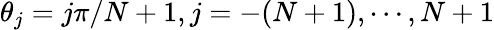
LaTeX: \theta_{j}=j\pi/N+1,j=-(N+1),\cdots,N+1